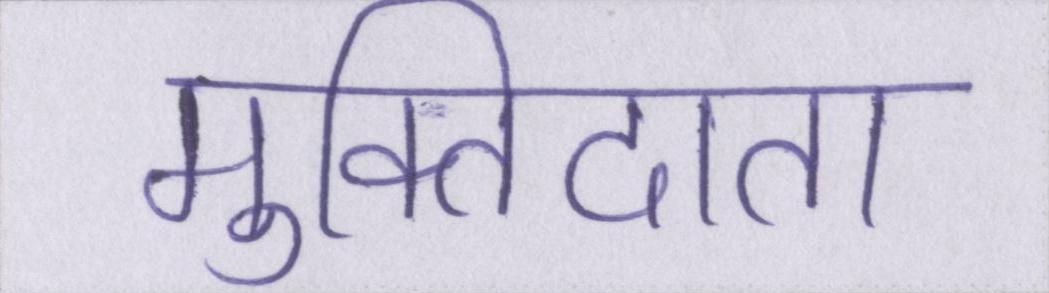
मुक्तिदाता